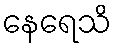
နေရေသိ